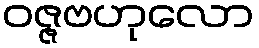
ဝဇ္ဇဗဟုလော